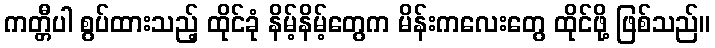
ကတ္တီပါ စွပ်ထားသည့် ထိုင်ခုံ နိမ့်နိမ့်တွေက မိန်းကလေးတွေ ထိုင်ဖို့ ဖြစ်သည်။